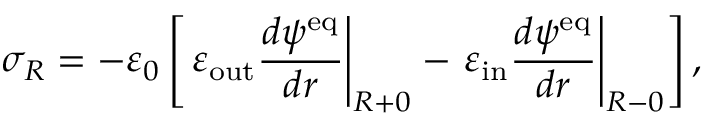
\sigma _ { R } = - \varepsilon _ { 0 } \left[ \left. \varepsilon _ { \mathrm { o u t } } \frac { d \psi ^ { \mathrm { e q } } } { d r } \right| _ { R + 0 } - \left. \varepsilon _ { \mathrm { i n } } \frac { d \psi ^ { \mathrm { e q } } } { d r } \right| _ { R - 0 } \right] ,